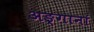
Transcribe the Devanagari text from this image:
अङ्गानां